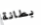
بطانة